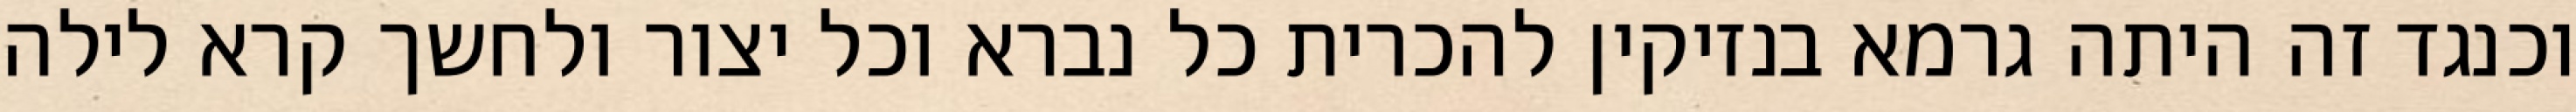
וכנגד זה היתה גרמא בנזיקין להכרית כל נברא וכל יצור ולחשך קרא לילה